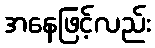
အနေဖြင့်လည်း